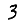
Digit: 3